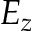
E _ { z }